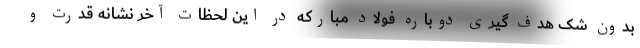
بدون شک هدف گیری دوباره فولاد مبارکه در این لحظات آخر نشانه قدرت و